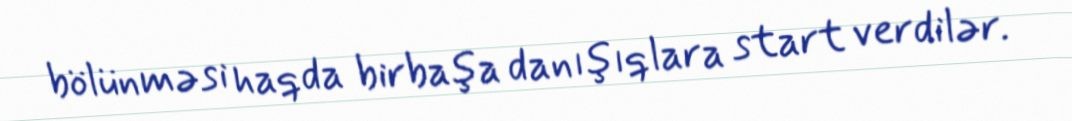
bölünməsi haqda birbaşa danışıqlara start verdilər.